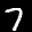
Label: 7